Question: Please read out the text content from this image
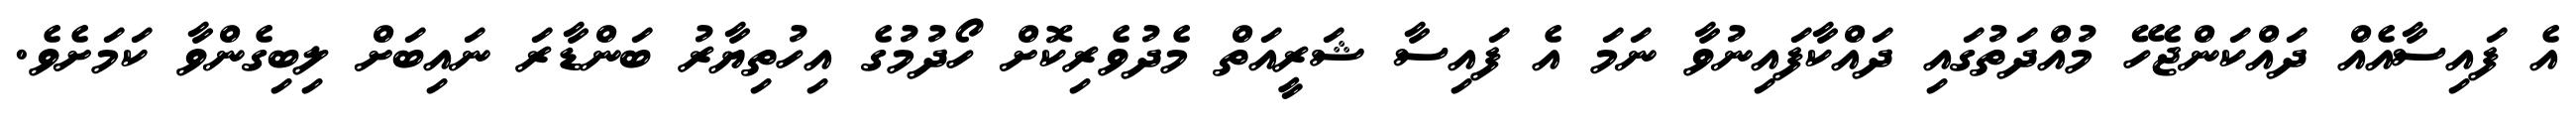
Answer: އެ ފައިސާއެއް ދައްކަންޖެހޭ މުއްދަތުގައި ދައްކާފައިނުވާ ނަމަ އެ ފައިސާ ޝަރީއަތް މެދުވެރިކޮށް ހޯދުމުގެ އިހުތިޔާރު ބަންޑާރަ ނައިބަށް ލިބިގެންވާ ކަމަށެވެ.